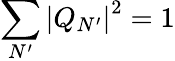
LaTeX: \sum_{N^{\prime}}\left|Q_{N^{\prime}}\right|^{2}=1